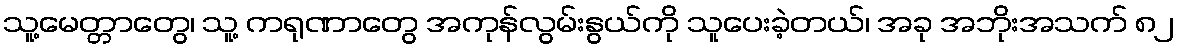
သူ့မေတ္တာတွေ၊ သူ့ ကရုဏာတွေ အကုန်လွမ်းနွယ်ကို သူပေးခဲ့တယ်၊ အခု အဘိုးအသက် ၈၂